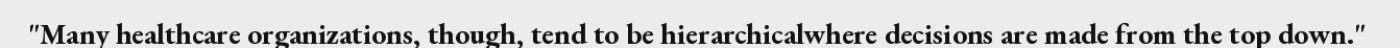
"Many healthcare organizations, though, tend to be hierarchicalwhere decisions are made from the top down."